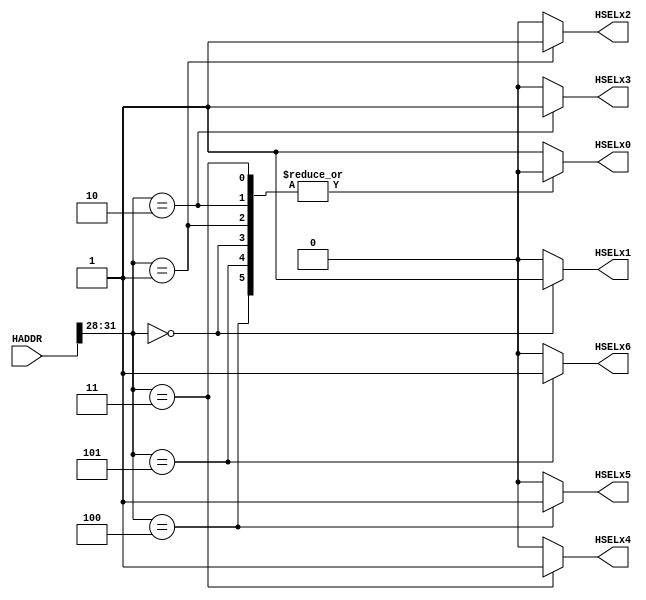
//  Memory map:
//  0x00000000 - 0x0FFFFFFF is for slave 1
//  0x10000000 - 0x1FFFFFFF is for slave 2
//  0x20000000 - 0x2FFFFFFF is for slave 3
//  0x30000000 - 0x3FFFFFFF is for slave 4
//  0x40000000 - 0x4FFFFFFF is for slave 5
//  0x50000000 - 0x5FFFFFFF is for slave 6

module decoder (
    input wire [31:0] HADDR,
    output reg HSELx0,
    output reg HSELx1,
    output reg HSELx2,
    output reg HSELx3,
    output reg HSELx4,
    output reg HSELx5,
    output reg HSELx6
);

parameter HSELx1_ADDR = 4'b0000;
parameter HSELx2_ADDR = 4'b0001;
parameter HSELx3_ADDR = 4'b0010;
parameter HSELx4_ADDR = 4'b0011;
parameter HSELx5_ADDR = 4'b0100;
parameter HSELx6_ADDR = 4'b0101;

always @* begin
    // Assigning initial value first to avoid inferred latches
    HSELx0 = 1'b0;
    HSELx1 = 1'b0;
    HSELx2 = 1'b0;
    HSELx3 = 1'b0;
    HSELx4 = 1'b0;
    HSELx5 = 1'b0;
    HSELx6 = 1'b0;
    case(HADDR[31:28])
    HSELx1_ADDR: begin
        HSELx0 = 1'b0;
        HSELx1 = 1'b1;
        HSELx2 = 1'b0;
        HSELx3 = 1'b0;
        HSELx4 = 1'b0;
        HSELx5 = 1'b0;
        HSELx6 = 1'b0;
    end
    HSELx2_ADDR: begin
        HSELx0 = 1'b0;
        HSELx1 = 1'b0;
        HSELx2 = 1'b1;
        HSELx3 = 1'b0;
        HSELx4 = 1'b0;
        HSELx5 = 1'b0;
        HSELx6 = 1'b0;
    end
    HSELx3_ADDR: begin
        HSELx0 = 1'b0;
        HSELx1 = 1'b0;
        HSELx2 = 1'b0;
        HSELx3 = 1'b1;
        HSELx4 = 1'b0;
        HSELx5 = 1'b0;
        HSELx6 = 1'b0;
    end
    HSELx4_ADDR: begin
        HSELx0 = 1'b0;
        HSELx1 = 1'b0;
        HSELx2 = 1'b0;
        HSELx3 = 1'b0;
        HSELx4 = 1'b1;
        HSELx5 = 1'b0;
        HSELx6 = 1'b0;
    end
    HSELx5_ADDR: begin
        HSELx0 = 1'b0;
        HSELx1 = 1'b0;
        HSELx2 = 1'b0;
        HSELx3 = 1'b0;
        HSELx4 = 1'b0;
        HSELx5 = 1'b1;
        HSELx6 = 1'b0;
    end
    HSELx6_ADDR: begin
        HSELx0 = 1'b0;
        HSELx1 = 1'b0;
        HSELx2 = 1'b0;
        HSELx3 = 1'b0;
        HSELx4 = 1'b0;
        HSELx5 = 1'b0;
        HSELx6 = 1'b1;
    end
    default: begin
        HSELx0 = 1'b1; //default_slave
        HSELx1 = 1'b0;
        HSELx2 = 1'b0;
        HSELx3 = 1'b0;
        HSELx4 = 1'b0;
        HSELx5 = 1'b0;
        HSELx6 = 1'b0;
    end
    endcase
end
    
endmodule